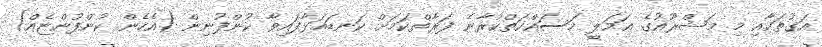
އަގުތަކާއި މި މަޝްރޫޢުގެ ޢަމަލީ މަސައްކަތްކުރާނެ ފަރާތްކަމަށް ކަނޑައަޅާފައިވާ ކުންފުނިން (އެހެން ކުންފުންޏެއް)